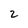
Character: 2